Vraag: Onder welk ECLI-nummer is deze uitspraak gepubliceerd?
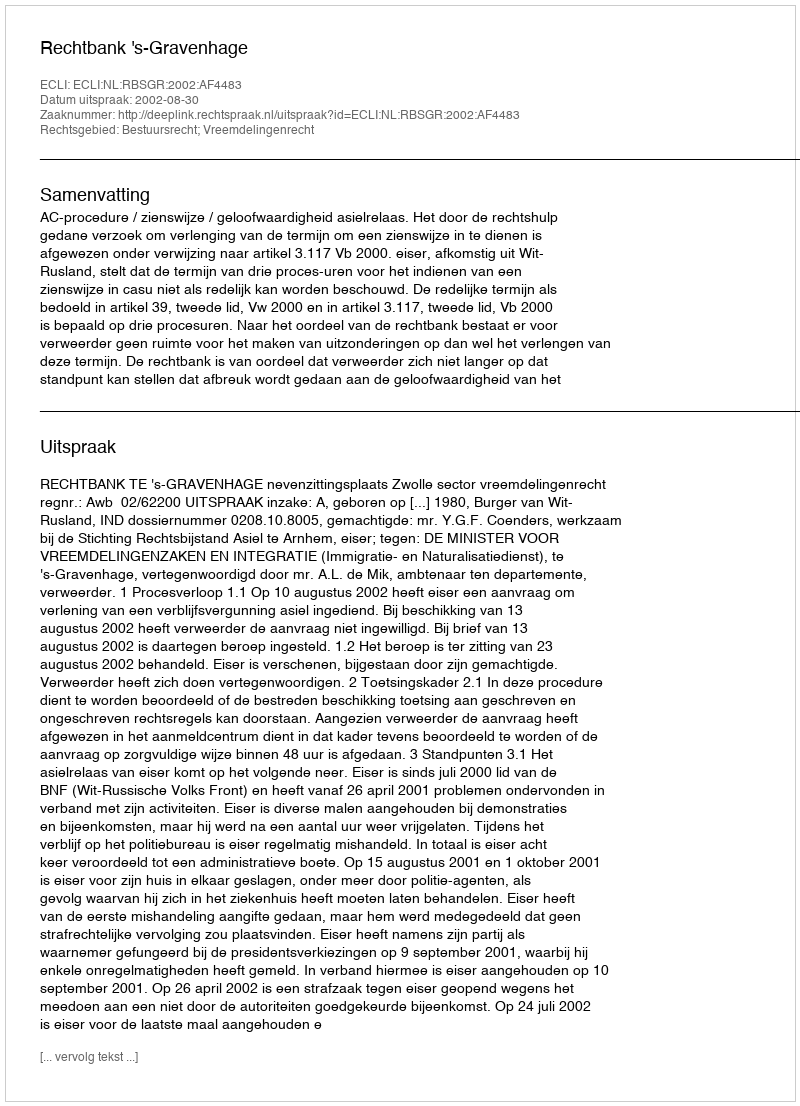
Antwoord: ECLI:NL:RBSGR:2002:AF4483